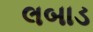
લબાડ